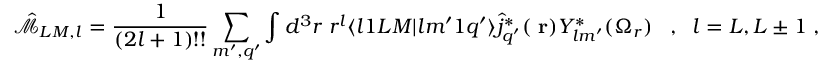
\hat { \mathcal { M } } _ { L M , l } = \frac { 1 } { ( 2 l + 1 ) ! ! } \sum _ { m ^ { \prime } , q ^ { \prime } } \int d ^ { 3 } r \; r ^ { l } \langle l 1 L M | l m ^ { \prime } 1 q ^ { \prime } \rangle \hat { j } _ { q ^ { \prime } } ^ { * } ( \mathrm { \bf ~ r } ) Y _ { l m ^ { \prime } } ^ { * } ( \Omega _ { r } ) \; \; \; , \; \; l = L , L \pm 1 \; ,